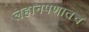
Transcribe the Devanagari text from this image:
लहानपणातच